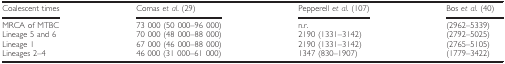
| Coalescent times | Comas et al. (29) | Pepperell et al. (107) | Bos et al. (40) |
 | --- | --- | --- | --- |
 | MRCA of MTBC | 73 000 (50 000–96 000) | n.r. | (2962–5339) |
 | Lineage 5 and 6 | 70 000 (48 000–88 000) | 2190 (1331–3142) | (2792–5025) |
 | Lineage 1 | 67 000 (46 000–88 000) | 2190 (1331–3142) | (2765–5105) |
 | Lineages 2–4 | 46 000 (31 000–61 000) | 1347 (830–1907) | (1779–3422) |